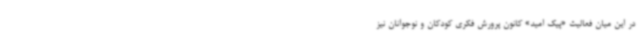
در این میان فعالیت «پیک امید» کانون پرورش فکری کودکان و نوجوانان نیز